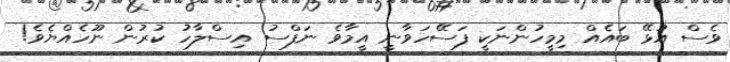
ވެސް އުޅޭ ބައެއް މިމީހުންނަކީ ފަސޭހަވާނީ އީމާވެ ނަފްސު އިސްލާހު ކުރުން ނޫހެއްޔެވެ!